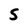
Character: S